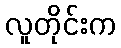
လူတိုင်းက